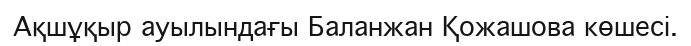
Ақшұқыр ауылындағы Баланжан Қожашова көшесі.